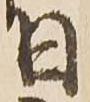
日